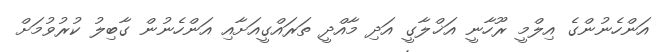
އަންހެނުންގެ އިލްމީ ރޫހާނީ އަޚްލާގީ އަދި މާއްދީ ތަރައްގީއަށާއި އަންހެނުން ގާބިލު ކުރުވުމަށް